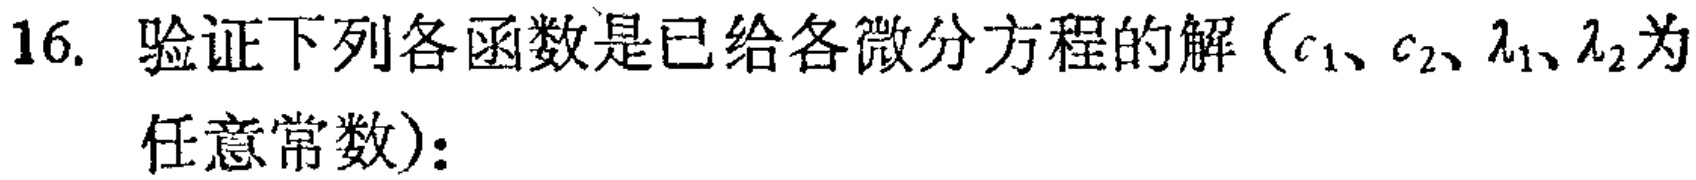
16. 验证下列各函数是已给各微分方程的解（$c_1、c_2、\lambda_1、\lambda_2$为任意常数）：